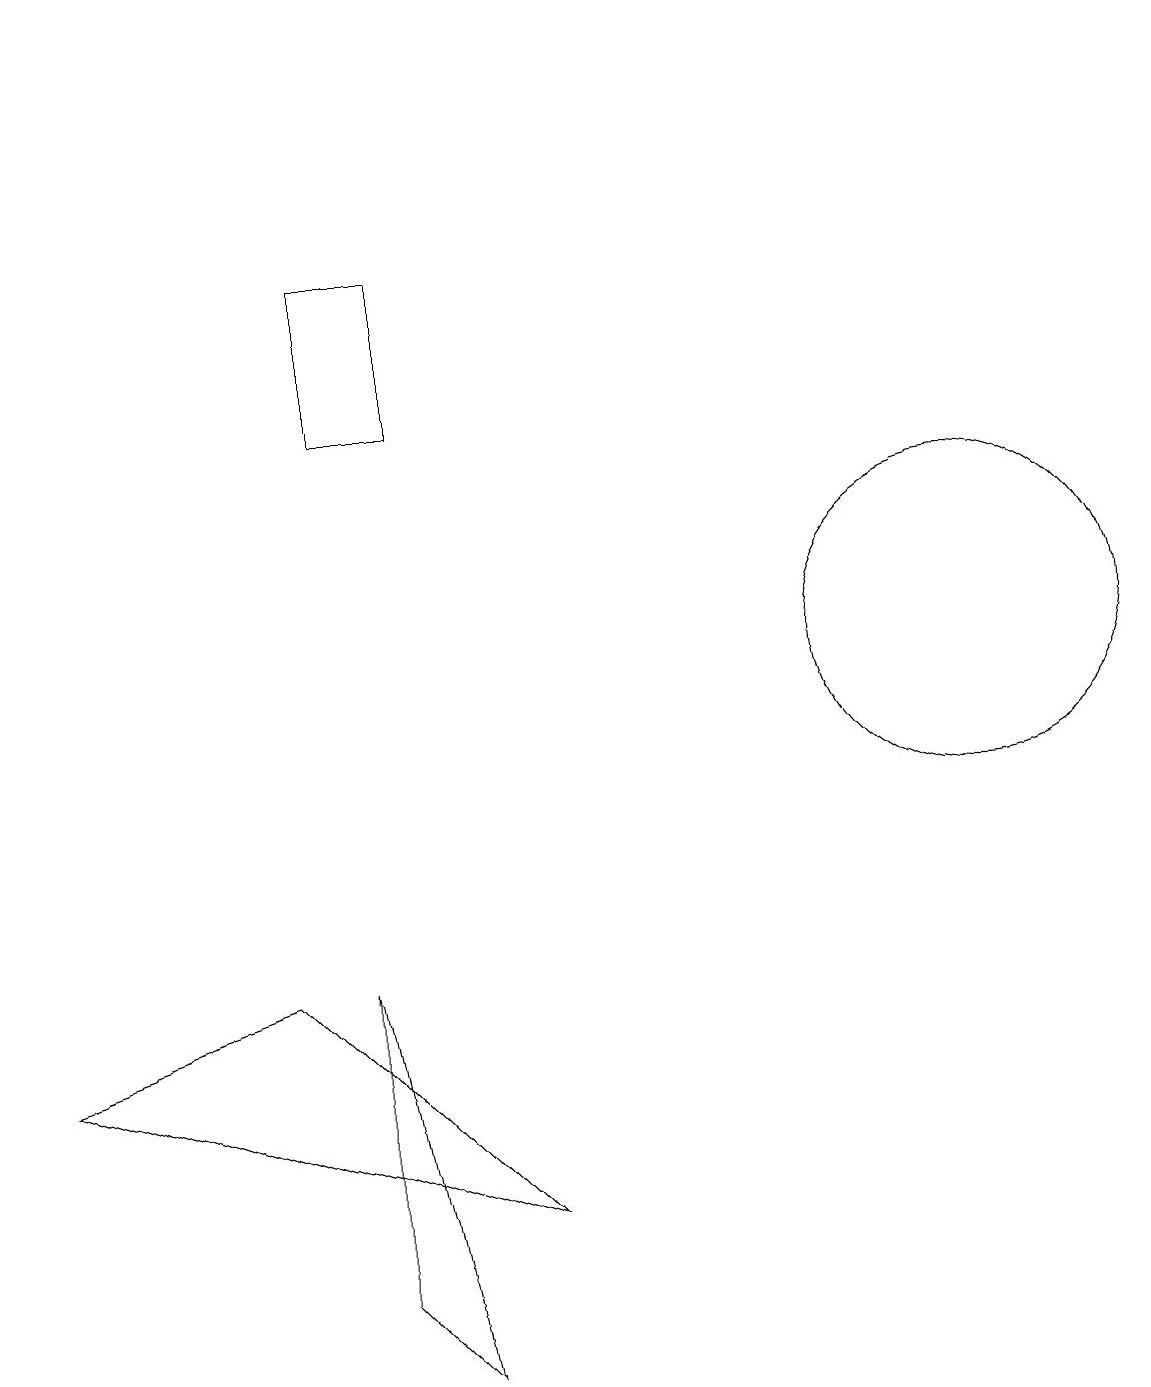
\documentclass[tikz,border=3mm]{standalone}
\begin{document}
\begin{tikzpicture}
\draw (1,19) rectangle (1,19);
\draw (5,2) -- (4,7) -- (4,3) -- cycle;
\draw (0,6) -- (3,7) -- (6,4) -- cycle;
\draw (12,11) circle (2);
\draw (4,14) rectangle (5,16);
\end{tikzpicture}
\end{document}